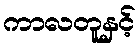
ကာလတူနှင့်